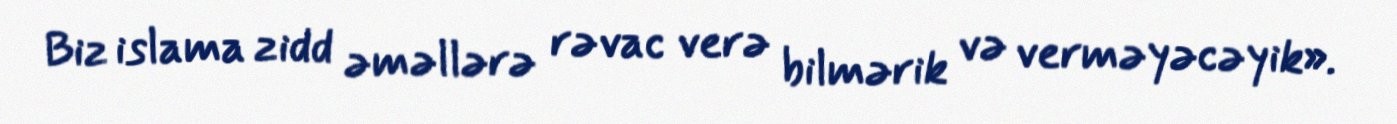
Biz islama zidd əməllərə rəvac verə bilmərik və verməyəcəyik».